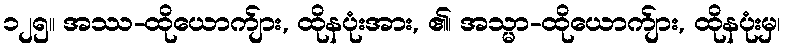
၁၂၅။ အဿ-ထိုယောက်ျား, ထိုနပုံးအား, ၏၊ အသ္မာ-ထိုယောက်ျား, ထိုနပုံးမှ၊